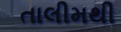
તાલીમથી